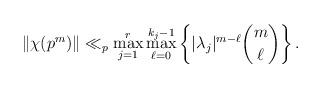
LaTeX: \begin{align*} \| \chi(p^m) \| \ll_p \max_{j=1}^r \max_{\ell=0}^{k_j-1} \left\{ |\lambda_j|^{m-\ell} {m\choose \ell} \right\}.\end{align*}